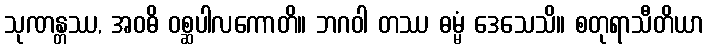
သုဏန္တဿ, အဝဓိ ဝစ္ဆပါလကောတိ။ ဘဂဝါ တဿ ဓမ္မံ ဒေသေသိ။ စတုရာသီတိယာ